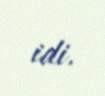
idi.